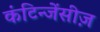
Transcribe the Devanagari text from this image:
कंटिन्जेंसीज़